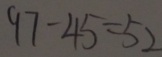
9 7 - 4 5 = 5 2